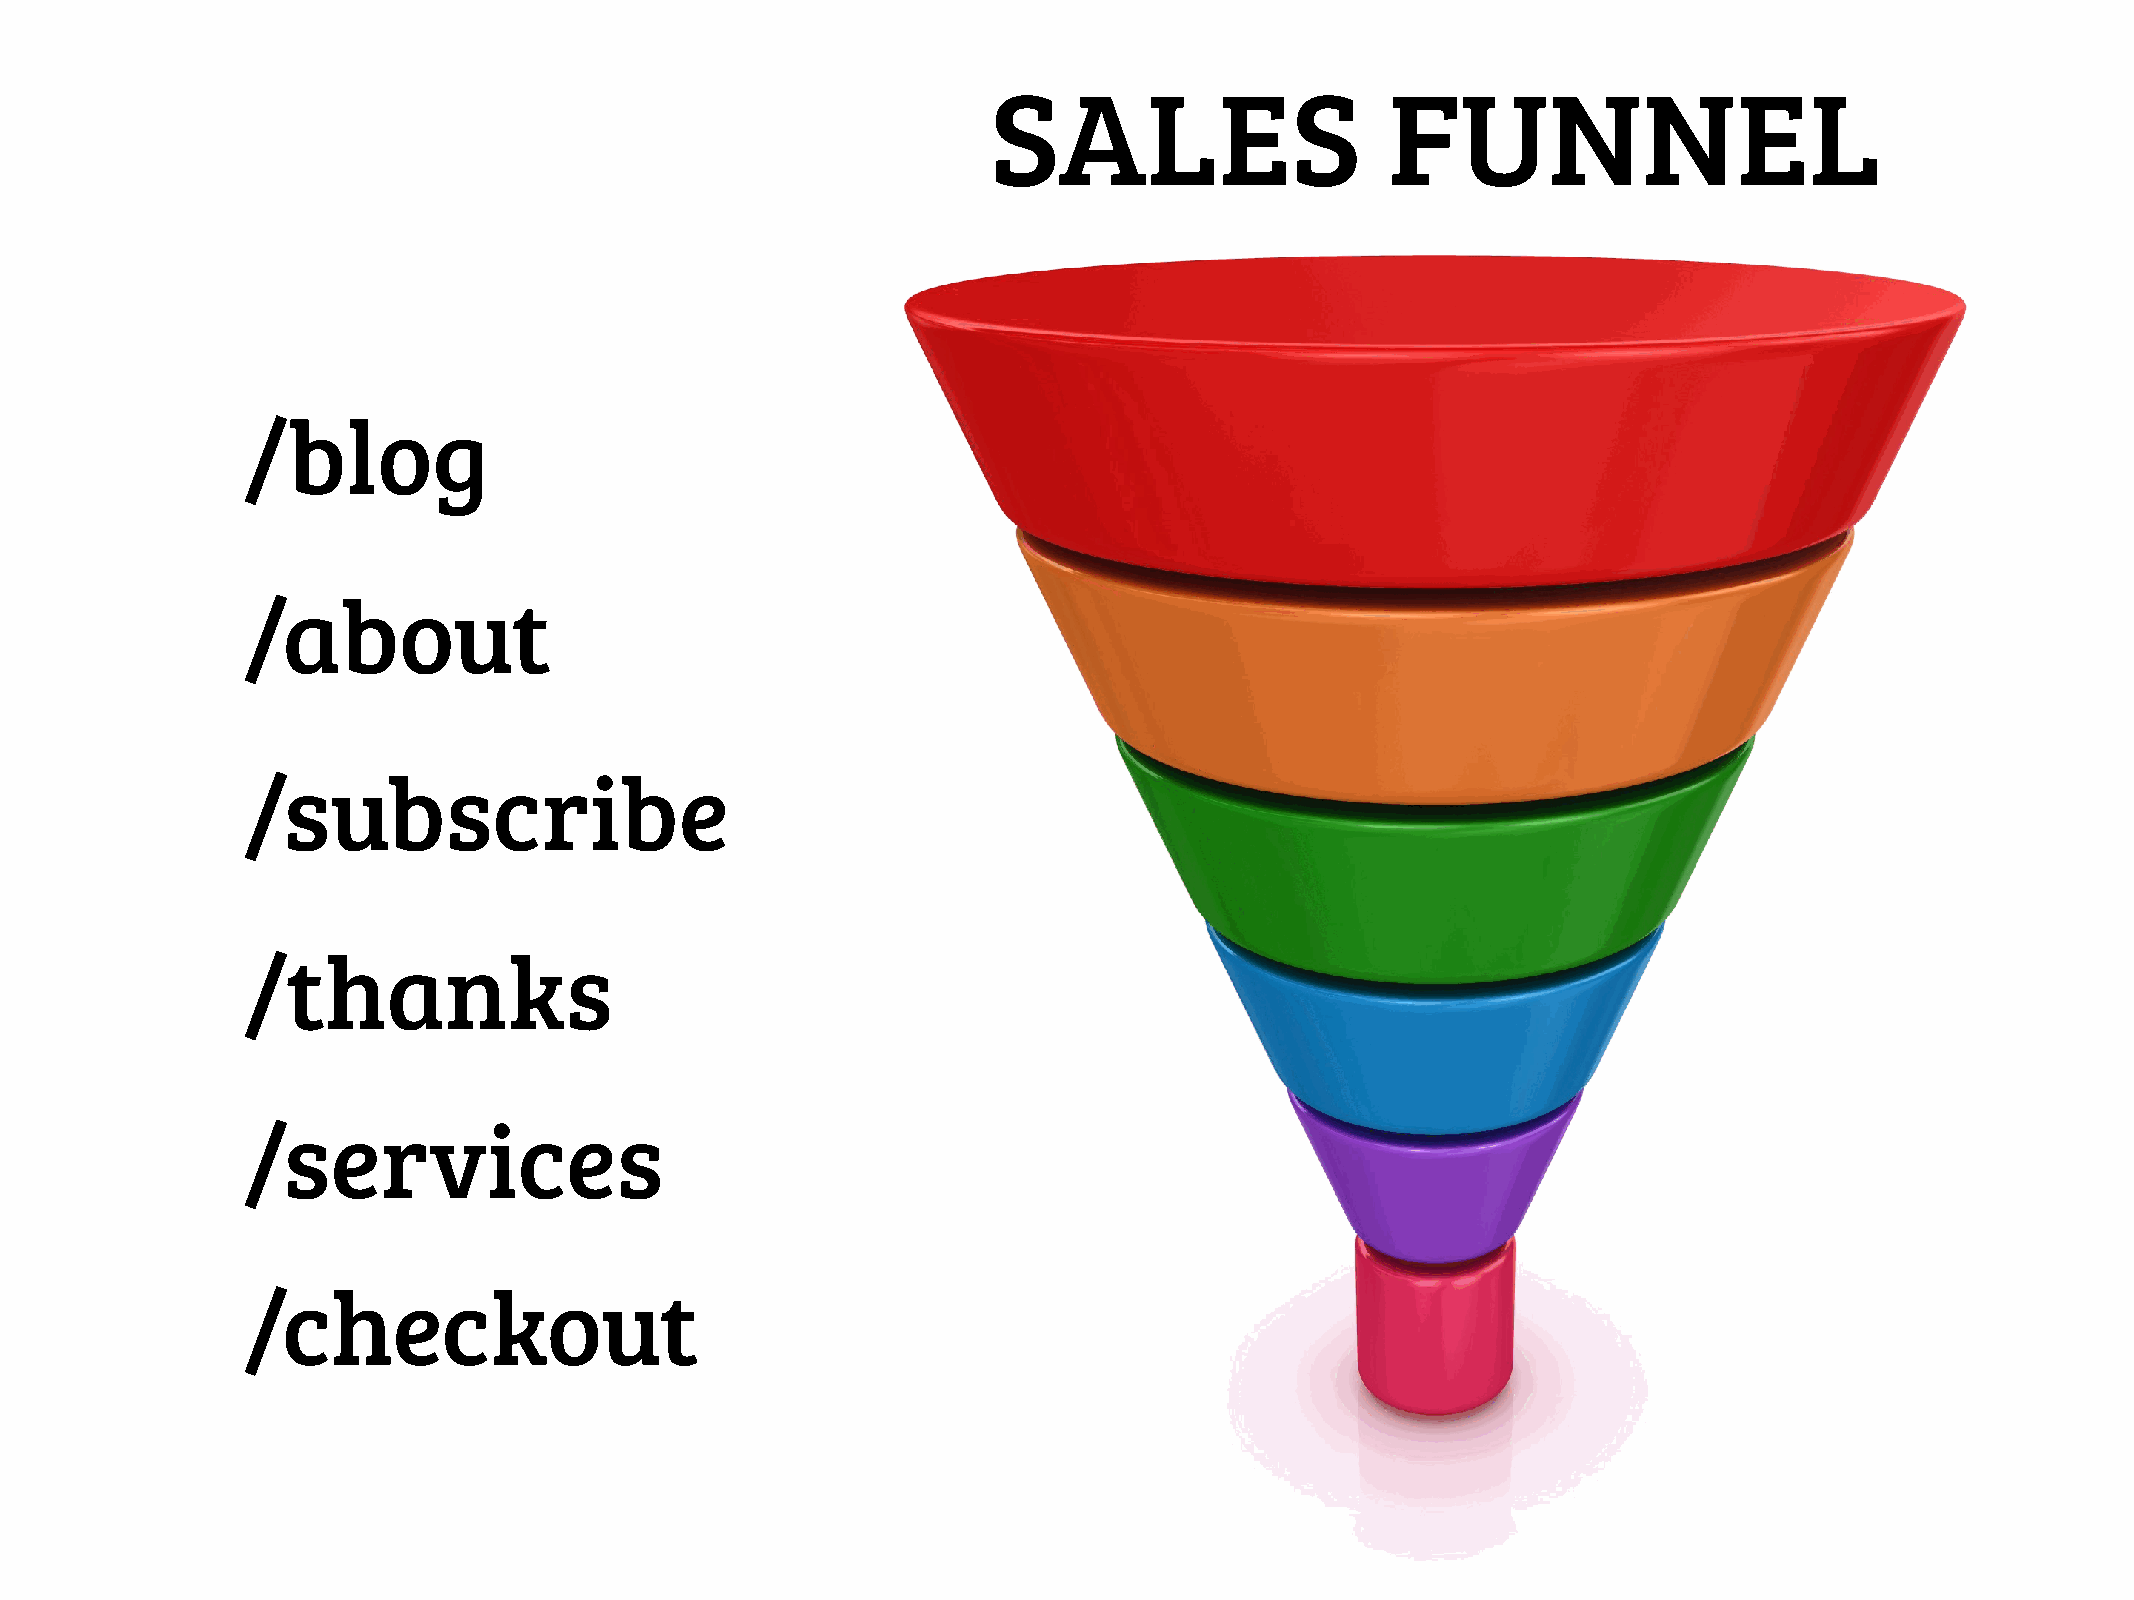
SALES                     FUNNEL
 /blog
 /about
 /subscribe
 /thanks
 /services
 /checkout